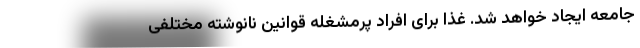
جامعه ایجاد خواهد شد. غذا برای افراد پرمشغله قوانین نانوشته‌ مختلفی